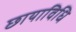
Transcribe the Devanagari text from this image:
छायाविधि